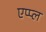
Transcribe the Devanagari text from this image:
एप्‍प्‍ल